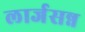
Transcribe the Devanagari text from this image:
लार्जसन्न